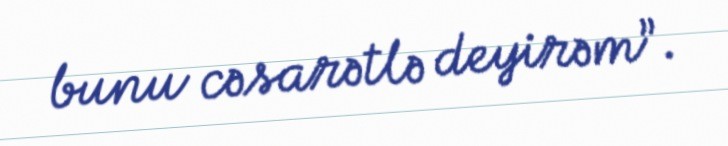
bunu cəsarətlə deyirəm”.